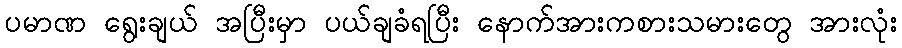
ပမာဏ ရွေးချယ် အပြီးမှာ ပယ်ချခံရပြီး နောက်အားကစားသမားတွေ အားလုံး